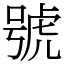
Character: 號